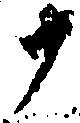
十